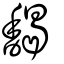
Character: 馤